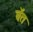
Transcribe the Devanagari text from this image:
बॅत